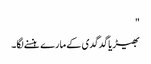
"
بھیڑیا گدگدی کے مارے ہنسنے لگا۔